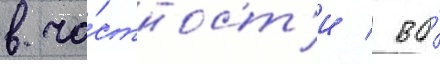
в ча́стност'и / во́